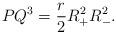
LaTeX: \begin{align*}PQ^{3}=\frac{r}{2}R_{+}^{2}R_{-}^{2}.\end{align*}